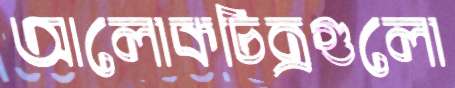
আলোকচিত্রগুলো